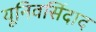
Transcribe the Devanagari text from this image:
यूनिवर्सिदाद